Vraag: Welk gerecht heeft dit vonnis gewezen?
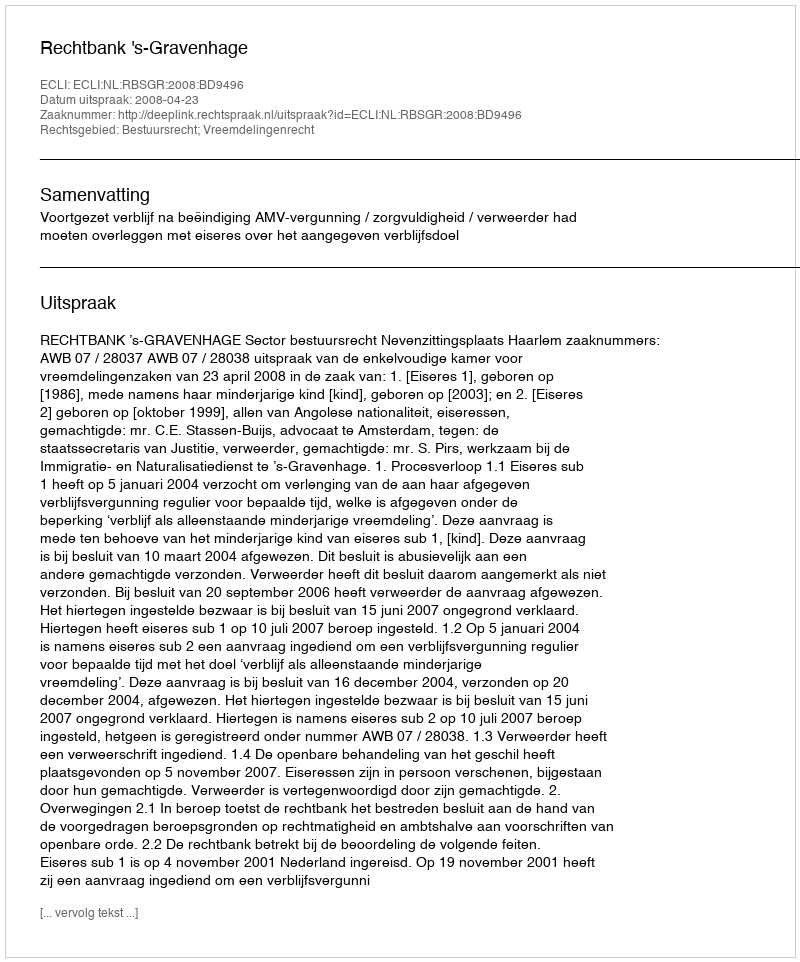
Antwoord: Rechtbank 's-Gravenhage